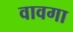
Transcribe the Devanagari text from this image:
वावगा